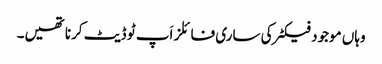
وہاں موجود فیکٹر کی ساری فائلز اَپ ٹو ڈیٹ کرنا تھیں۔